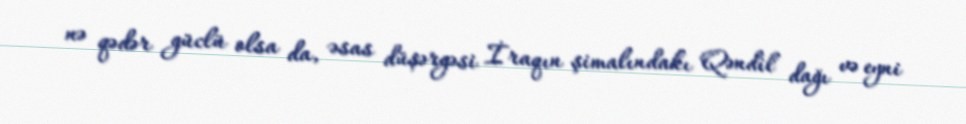
nə qədər güclü olsa da, əsas düşərgəsi İraqın şimalındakı Qəndil dağı və eyni